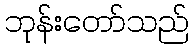
ဘုန်းတော်သည်